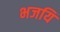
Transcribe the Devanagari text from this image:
भजयि